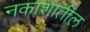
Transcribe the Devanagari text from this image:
नकाशातील